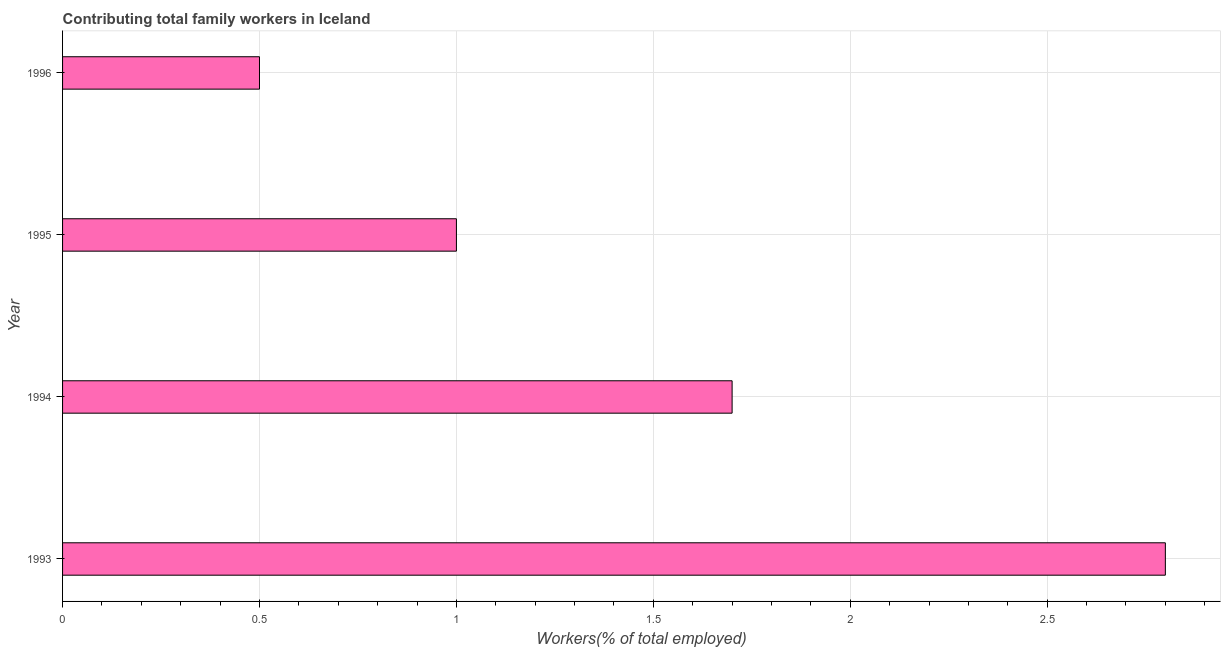
| Year | Contributing family workers |
 | --- | --- |
 | 1993 | 2.8 |
 | 1994 | 1.7 |
 | 1995 | 1 |
 | 1996 | 0.5 |